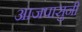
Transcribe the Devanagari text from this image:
आजपासुनी